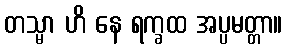
တသ္မာ ဟိ နေ ရက္ခထ အပ္ပမတ္တာ။